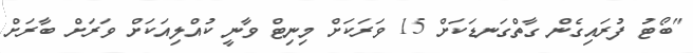
"ބޯޓު ފުރައިގެން ގާތްގަނޑަކަށް 15 ވަރަކަށް މިނިޓް ވާނީ ކުއްލިއަކަށް ވަރަށް ބާރަށް